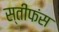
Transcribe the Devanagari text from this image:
स्तीफंस